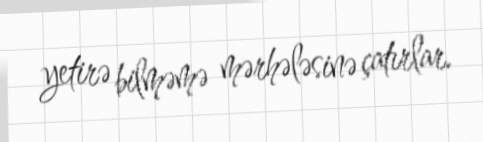
yetirə bilməmə mərhələsinə çatırlar.